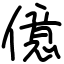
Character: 億